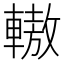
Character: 𨎞